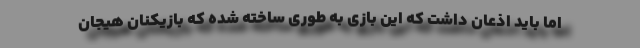
اما باید اذعان داشت که این بازی به طوری ساخته شده که بازیکنان هیجان